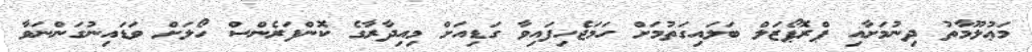
މަޢުލޫމާތު ދިނުމަށާއި ޕްރޮޕޯޒަލް ބަލައިގަތުމަށް ހަމަޖެހިފައިވާ ގަޑިއަށް މިއިދާރާގެ ކޮންފަރެންސް ހޯލަށް ވަޑައިނުގަންނަވާ